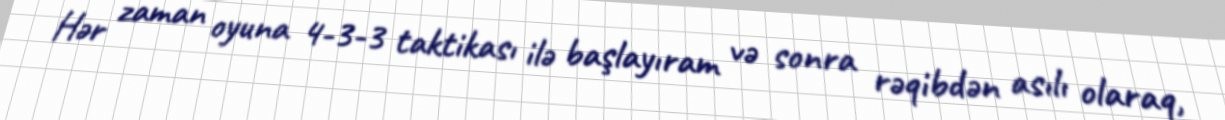
Hər zaman oyuna 4-3-3 taktikası ilə başlayıram və sonra rəqibdən asılı olaraq,